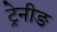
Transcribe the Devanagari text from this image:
ट्रेनीङ